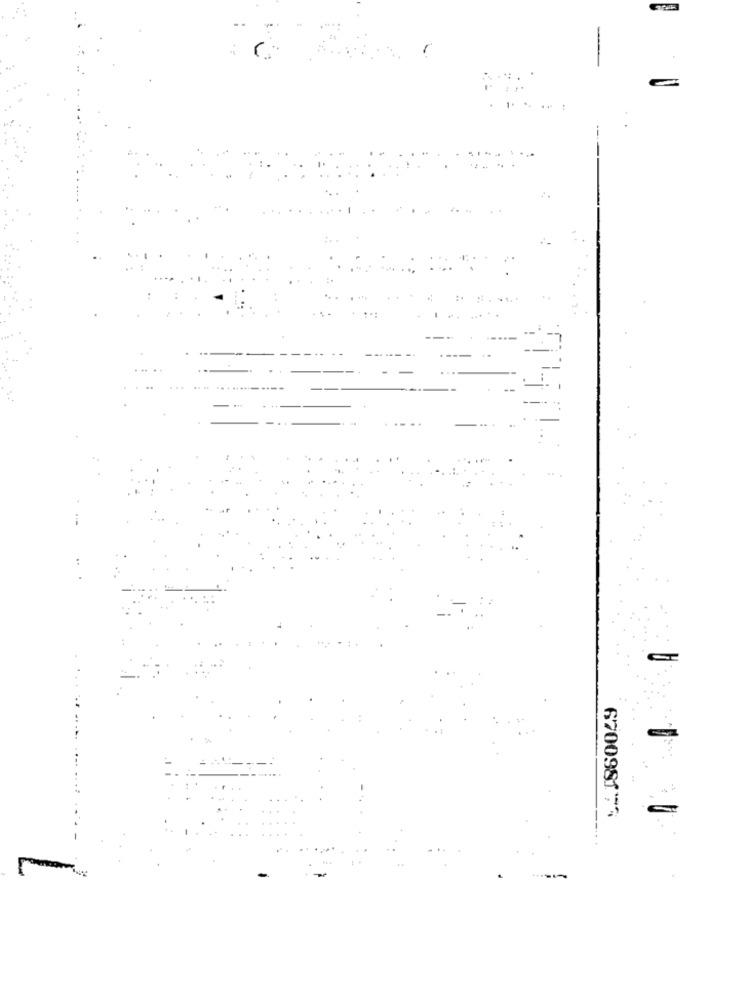
670098194